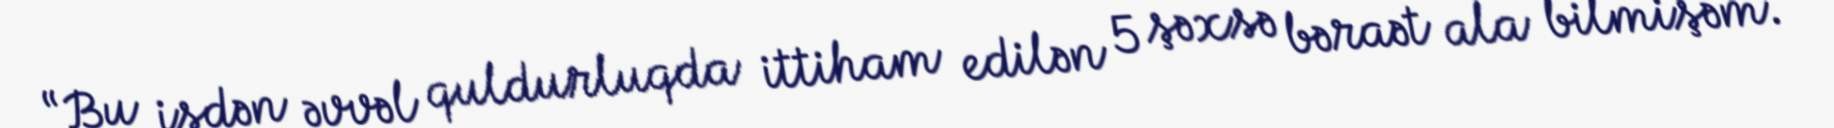
“Bu işdən əvvəl quldurluqda ittiham edilən 5 şəxsə bəraət ala bilmişəm.